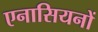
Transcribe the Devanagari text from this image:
एनासियनों